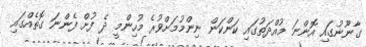
ގާނޫނުގައި އޮންނަ މުއްދަތުގައި ކަންކަން ނިންމުމަށްވުރެ މުހިންމީ ދެ ފުށް ފެންނަ ގޮތެއްގައި